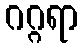
ဂဂ္ဂရာ